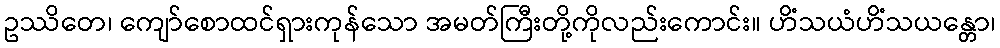
ဥဿိတေ၊ ကျော်စောထင်ရှားကုန်သော အမတ်ကြီးတို့ကိုလည်းကောင်း။ ဟိံသယံဟိံသယန္တော၊